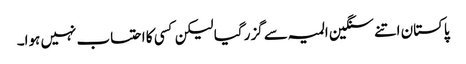
پاکستان اتنے سنگین المیہ سے گزر گیا لیکن کسی کا احتساب نہیں ہوا۔